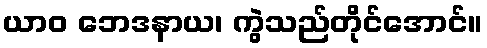
ယာဝ ဘေဒနာယ၊ ကွဲသည်တိုင်အောင်။